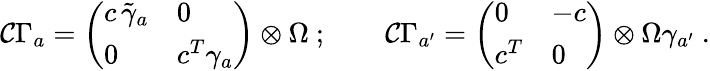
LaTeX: {\cal C}\Gamma_{a}=\left(\begin{array}{ll}{{c\, \tilde{\gamma}_{a}}}&{{0}}\\ {{0}}&{{c^{T}\gamma_{a}}}\end{array}\right)\otimes\Omega\ ;\qquad{\cal C}\Gamma_{a^{\prime}}=\left(\begin{array}{ll}{{0}}&{{-c}}\\ {{c^{T}}}&{{0}}\end{array}\right)\otimes\Omega\gamma_{a^{\prime}}\ .